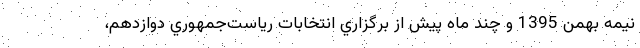
نيمه بهمن 1395 و چند ماه پيش از برگزاري انتخابات رياست‌جمهوري دوازدهم،